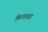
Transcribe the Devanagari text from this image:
किरणधारा